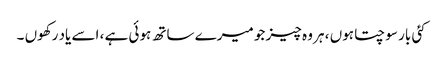
کئی بار سوچتا ہوں ، ہر وہ چیز جو میرے ساتھ ہوئی ہے ، اسے یاد رکھوں ۔